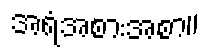
အရံအစားအစာ။